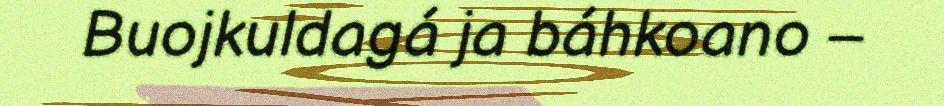
Buojkuldagá ja báhkoano –